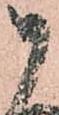
御